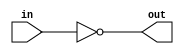
module coreir_not #(
    parameter width = 1
) (
    input [width-1:0] in,
    output [width-1:0] out
);
  assign out = ~in;
endmodule

module coreir_add #(
    parameter width = 1
) (
    input [width-1:0] in0,
    input [width-1:0] in1,
    output [width-1:0] out
);
  assign out = in0 + in1;
endmodule

module corebit_not (
    input in,
    output out
);
  assign out = ~in;
endmodule

module corebit_const #(
    parameter value = 1
) (
    output out
);
  assign out = value;
endmodule

module Add4_cin (
    input [3:0] I0,
    input [3:0] I1,
    output [3:0] O,
    input CIN
);
wire bit_const_0_None_out;
wire [3:0] coreir_add4_inst0_out;
wire [3:0] coreir_add4_inst1_out;
corebit_const #(
    .value(1'b0)
) bit_const_0_None (
    .out(bit_const_0_None_out)
);
coreir_add #(
    .width(4)
) coreir_add4_inst0 (
    .in0(coreir_add4_inst1_out),
    .in1(I1),
    .out(coreir_add4_inst0_out)
);
wire [3:0] coreir_add4_inst1_in0;
assign coreir_add4_inst1_in0 = {bit_const_0_None_out,bit_const_0_None_out,bit_const_0_None_out,CIN};
coreir_add #(
    .width(4)
) coreir_add4_inst1 (
    .in0(coreir_add4_inst1_in0),
    .in1(I0),
    .out(coreir_add4_inst1_out)
);
assign O = coreir_add4_inst0_out;
endmodule

module Sub4_cin (
    input [3:0] I0,
    input [3:0] I1,
    output [3:0] O,
    input CIN
);
wire [3:0] Add4_cin_inst0_O;
wire [3:0] Invert4_inst0_out;
wire not_inst0_out;
Add4_cin Add4_cin_inst0 (
    .I0(I0),
    .I1(Invert4_inst0_out),
    .O(Add4_cin_inst0_O),
    .CIN(not_inst0_out)
);
coreir_not #(
    .width(4)
) Invert4_inst0 (
    .in(I1),
    .out(Invert4_inst0_out)
);
corebit_not not_inst0 (
    .in(CIN),
    .out(not_inst0_out)
);
assign O = Add4_cin_inst0_O;
endmodule